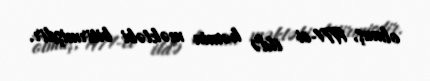
olmuş, 1971-ci ildə həmin məktəbi bitirmişdir.